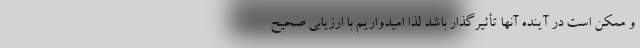
و ممکن است در آینده آنها تأثیرگذار باشد لذا امیدواریم با ارزیابی صحیح